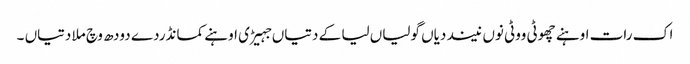
اک رات اوہنے چھوٹی ووٹی نوں نیند دیاں گولیاں لیا کے دتیاں جہیڑی اوہنے کمانڈردے دودھ وچ ملا دتیاں ۔